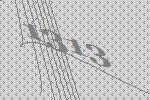
1313